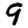
Digit: 9